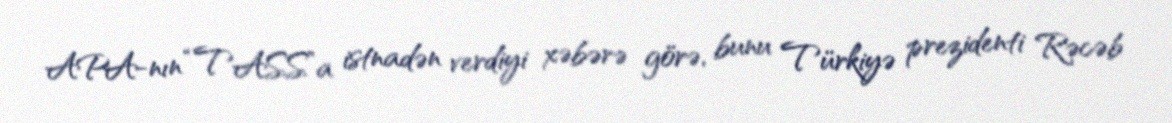
APA-nın “TASS”a istnadən verdiyi xəbərə görə, bunu Türkiyə prezidenti Rəcəb